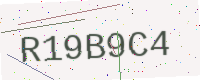
Text: R19B9C4